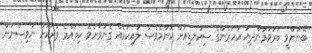
ބޭނުންވީ ބަރުވަމުންދިޔަ އަހަރެންގެ ސިކުނޑިއަށް ކޮންމެވެސް ލުއިކަމެއް ގެނުވާށެވެ. ކިތައްމެ ވަރަކަށް ނުވިސްނަން